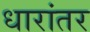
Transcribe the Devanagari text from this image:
धारांतर